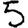
Digit: 5